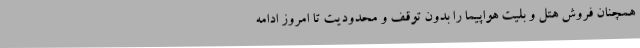
همچنان فروش هتل و بلیت هواپیما را بدون توقف و محدودیت تا امروز ادامه